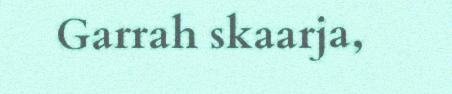
Garrah skaarja,